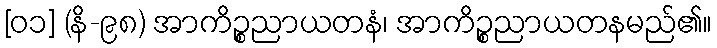
[၀၁] (နိ-၉၈) အာကိဉ္စညာယတနံ၊ အာကိဉ္စညာယတနမည်၏။